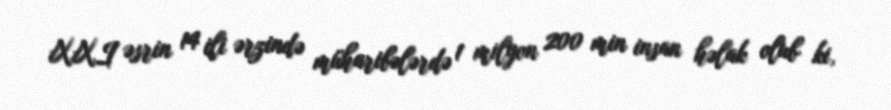
XXI əsrin 14 ili ərzində müharibələrdə 1 milyon 200 min insan həlak olub ki,